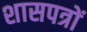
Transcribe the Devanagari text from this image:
शासपत्रों